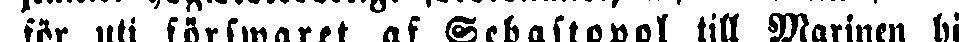
för uti förswaret af Sebastopol till Marinen hö-